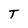
Character: T